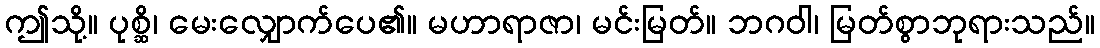
ဤသို့။ ပုစ္ဆိ၊ မေးလျှောက်ပေ၏။ မဟာရာဇာ၊ မင်းမြတ်။ ဘဂဝါ၊ မြတ်စွာဘုရားသည်။